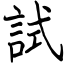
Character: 試